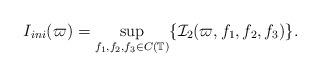
LaTeX: \begin{align*}I_{ini}(\varpi)=\sup_{f_1,f_2,f_3\in C(\mathbb{T})}\{\mathcal{I}_2(\varpi, f_1, f_2, f_3)\}.\end{align*}